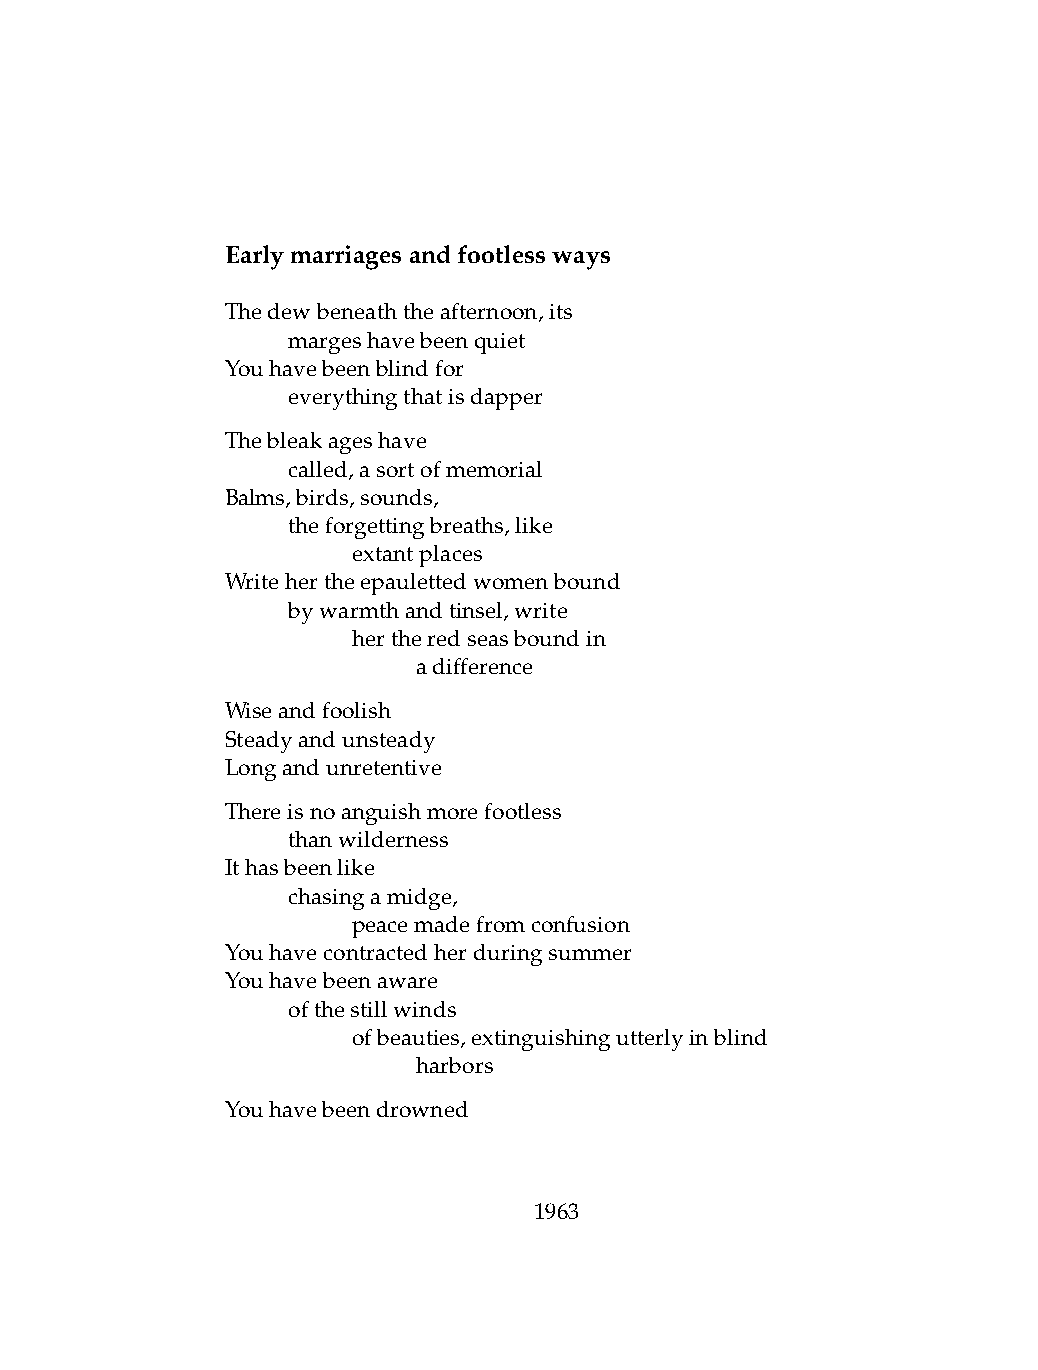
Earlymarriagesandfootlessways
 Thedewbeneaththeafternoon,its
 .   margeshavebeenquiet
 Youhavebeenblindfor
 .   everythingthatisdapper
 Thebleakageshave
 .   called,asortofmemorial
 Balms,birds,sounds,
 .   theforgettingbreaths,like
 .   .   extantplaces
 Writehertheepaulettedwomenbound
 .   bywarmthandtinsel,write
 .   .   hertheredseasboundin
 .   .   .    adifference
 Wiseandfoolish
 Steadyandunsteady
 Longandunretentive
 Thereisnoanguishmorefootless
 .   thanwilderness
 Ithasbeenlike
 .   chasingamidge,
 .   .   peacemadefromconfusion
 Youhavecontractedherduringsummer
 Youhavebeenaware
 .   ofthestillwinds
 .   .   ofbeauties,extinguishingutterlyinblind
 .   .   .    harbors
 Youhavebeendrowned
 1963